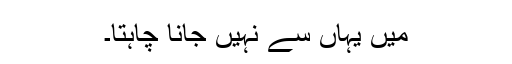
میں یہاں سے نہیں جانا چاہتا۔